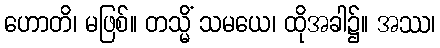
ဟောတိ၊ မဖြစ်။ တသ္မိံ သမယေ၊ ထိုအခါ၌။ အဿ၊